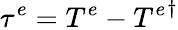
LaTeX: \tau^{e}=T^{e}-{T^{e}}^{\dagger}